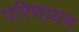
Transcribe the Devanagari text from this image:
परिणायम